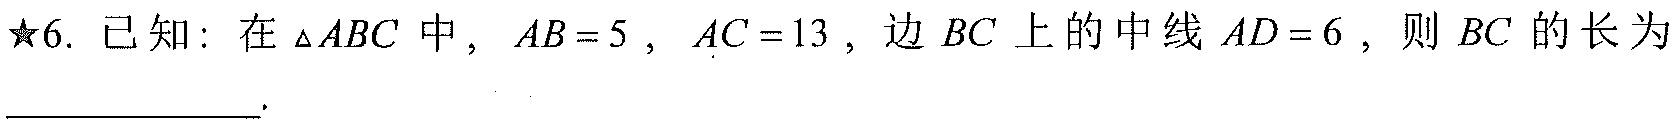
$\star$6. 已知：在$\triangle ABC$中, $AB = 5$, $AC = 13$, 边$BC$上的中线$AD = 6$, 则$BC$的长为_____________.